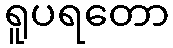
ရူပရတော